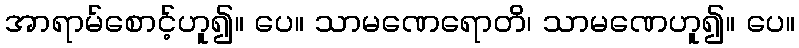
အာရာမ်စောင့်ဟူ၍။ ပေ။ သာမဏေရောတိ၊ သာမဏေဟူ၍။ ပေ။